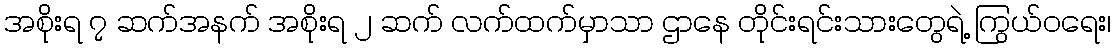
အစိုးရ ၇ ဆက်အနက် အစိုးရ ၂ ဆက် လက်ထက်မှာသာ ဌာနေ တိုင်းရင်းသားတွေရဲ့ ကြွယ်ဝရေး၊